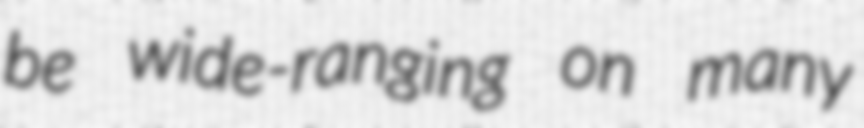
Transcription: be wide-ranging on many